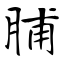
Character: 脯